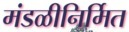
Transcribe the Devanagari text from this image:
मंडळीनिर्मित